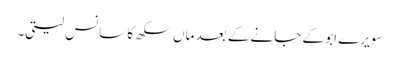
سویرے ابو کے جانے کے بعد ماں سکھ کا سانس لیتی۔